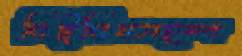
বিটুমিনসহস্প